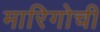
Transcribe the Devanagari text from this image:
मारिगोची